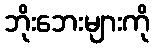
ဘိုးဘေးများကို